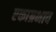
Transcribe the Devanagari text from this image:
एकाग्रभाव